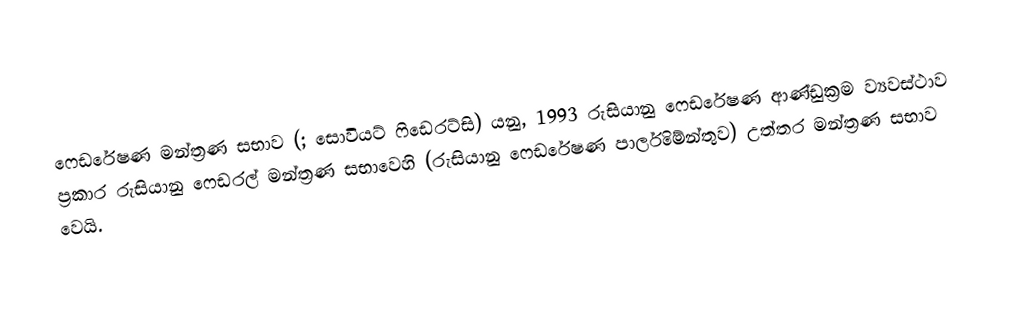
ෆෙඩරේෂණ මන්ත්‍රණ සභාව (; සොවියට් ෆිඩෙරට්සි) යනු,  1993 රුසියානු ෆෙඩරේෂණ ආණ්ඩුක්‍රම ව්‍යවස්ථාව ප්‍රකාර  රුසියානු ෆෙඩරල් මන්ත්‍රණ සභාවෙහි  (රුසියානු ෆෙඩරේෂණ පාර්ලිමේන්තුව) උත්තර මන්ත්‍රණ සභාව වෙයි.